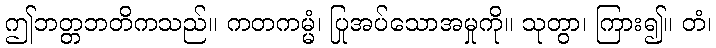
ဤဘတ္တဘတိကသည်။ ကတကမ္မံ၊ ပြုအပ်သောအမှုကို။ သုတွာ၊ ကြား၍။ တံ၊